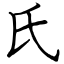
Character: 氏